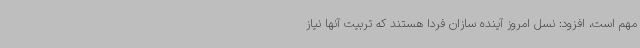
مهم است، افزود: نسل امروز آینده سازان فردا هستند که تربیت آنها نیاز